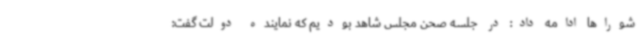
شوراها ادامه داد: در جلسه صحن مجلس شاهد بودیم که نماینده دولت گفت: